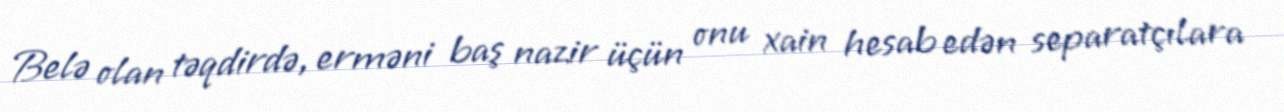
Belə olan təqdirdə, erməni baş nazir üçün onu xain hesab edən separatçılara